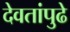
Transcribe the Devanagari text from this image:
देवतांपुढे